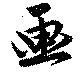
画